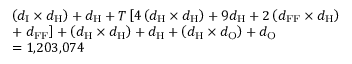
\begin{array} { r l } & { \left( d _ { \mathrm { I } } \times d _ { \mathrm { H } } \right) + d _ { \mathrm { H } } + T \left[ 4 \left( d _ { \mathrm { H } } \times d _ { \mathrm { H } } \right) + 9 d _ { \mathrm { H } } + 2 \left( d _ { \mathrm { F F } } \times d _ { \mathrm { H } } \right) \right. } \\ & { + \left. d _ { \mathrm { F F } } \right] + \left( d _ { \mathrm { H } } \times d _ { \mathrm { H } } \right) + d _ { \mathrm { H } } + \left( d _ { \mathrm { H } } \times d _ { \mathrm { O } } \right) + d _ { \mathrm { O } } } \\ & { = 1 { , } 2 0 3 { , } 0 7 4 } \end{array}